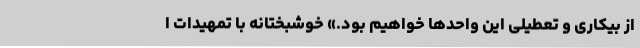
از بیکاری و تعطیلی این واحدها خواهیم بود.» خوشبختانه با تمهیدات ا